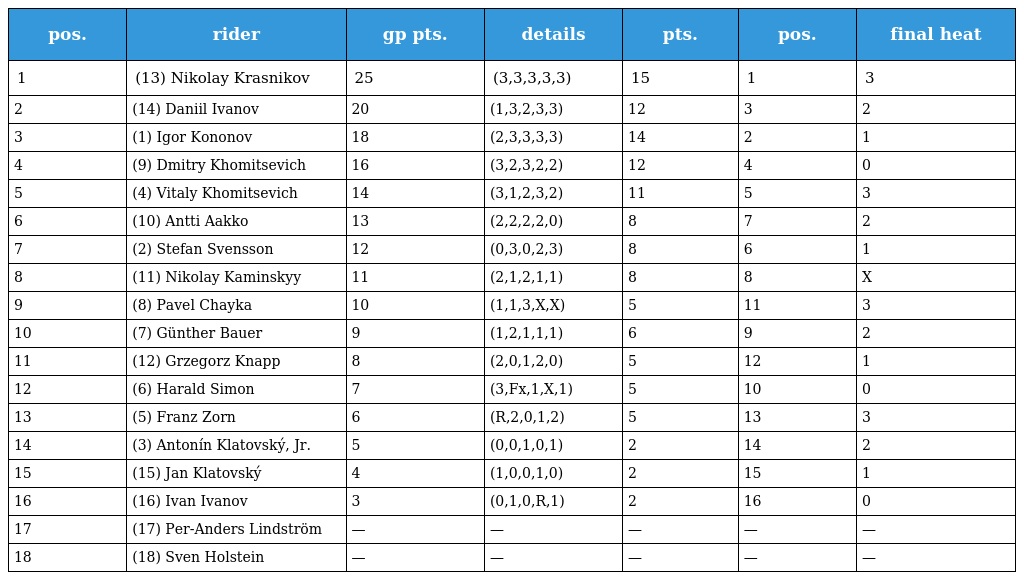
| pos. | rider | gp pts. | details | pts. | pos. | final heat |
 | --- | --- | --- | --- | --- | --- | --- |
 | 1 | (13) Nikolay Krasnikov | 25 | (3,3,3,3,3) | 15 | 1 | 3 |
 | 2 | (14) Daniil Ivanov | 20 | (1,3,2,3,3) | 12 | 3 | 2 |
 | 3 | (1) Igor Kononov | 18 | (2,3,3,3,3) | 14 | 2 | 1 |
 | 4 | (9) Dmitry Khomitsevich | 16 | (3,2,3,2,2) | 12 | 4 | 0 |
 | 5 | (4) Vitaly Khomitsevich | 14 | (3,1,2,3,2) | 11 | 5 | 3 |
 | 6 | (10) Antti Aakko | 13 | (2,2,2,2,0) | 8 | 7 | 2 |
 | 7 | (2) Stefan Svensson | 12 | (0,3,0,2,3) | 8 | 6 | 1 |
 | 8 | (11) Nikolay Kaminskyy | 11 | (2,1,2,1,1) | 8 | 8 | X |
 | 9 | (8) Pavel Chayka | 10 | (1,1,3,X,X) | 5 | 11 | 3 |
 | 10 | (7) Günther Bauer | 9 | (1,2,1,1,1) | 6 | 9 | 2 |
 | 11 | (12) Grzegorz Knapp | 8 | (2,0,1,2,0) | 5 | 12 | 1 |
 | 12 | (6) Harald Simon | 7 | (3,Fx,1,X,1) | 5 | 10 | 0 |
 | 13 | (5) Franz Zorn | 6 | (R,2,0,1,2) | 5 | 13 | 3 |
 | 14 | (3) Antonín Klatovský, Jr. | 5 | (0,0,1,0,1) | 2 | 14 | 2 |
 | 15 | (15) Jan Klatovský | 4 | (1,0,0,1,0) | 2 | 15 | 1 |
 | 16 | (16) Ivan Ivanov | 3 | (0,1,0,R,1) | 2 | 16 | 0 |
 | 17 | (17) Per-Anders Lindström | — | — | — | — | — |
 | 18 | (18) Sven Holstein | — | — | — | — | — |